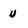
Character: U